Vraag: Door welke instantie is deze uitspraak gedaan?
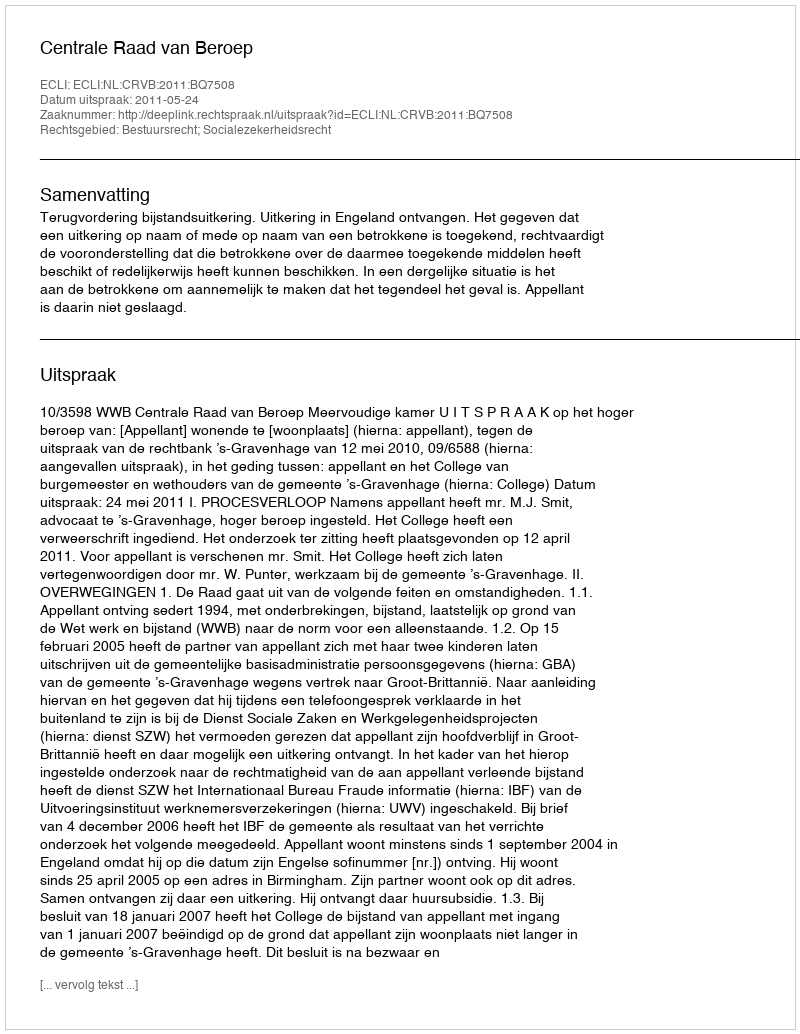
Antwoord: Centrale Raad van Beroep